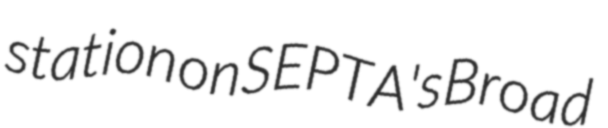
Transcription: station on SEPTA's Broad